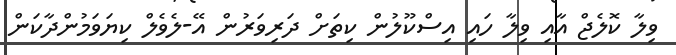
ވިލާ ކޮލެޖް އާއި ވިލާ ހައި އިސްކޫލުން ކިތަށް ދަރިވަރުން އޭ-ލެވެލް ކިޔަވަމުންދާކަން